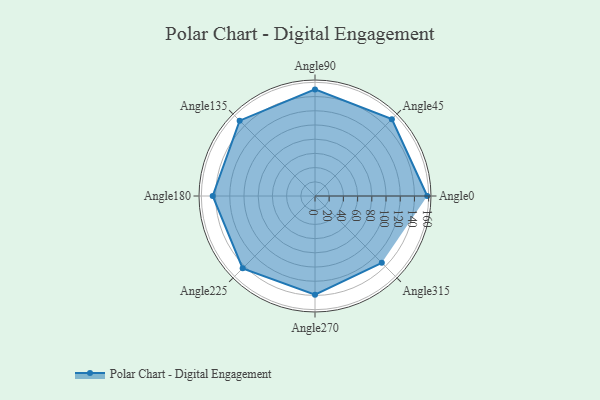
{"axis": {"x": "Angle", "y": "Radius"}, "legend": [""], "data": [{"x": "Angle0", "y": 158.0, "type": ""}, {"x": "Angle45", "y": 153.0, "type": ""}, {"x": "Angle90", "y": 150.0, "type": ""}, {"x": "Angle135", "y": 150.0, "type": ""}, {"x": "Angle180", "y": 144.0, "type": ""}, {"x": "Angle225", "y": 144.0, "type": ""}, {"x": "Angle270", "y": 139.0, "type": ""}, {"x": "Angle315", "y": 133.0, "type": ""}]}